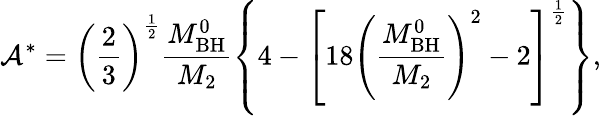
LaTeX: \mathcal{A}^{*}=\left(\frac{{2}}{{3}}\right)^{\frac{{1}}{{2}}}\frac{{M_{\mathrm{{BH}}}^{0}}}{{M_{\mathrm{{2}}}}}\left\{ 4-\left[18\left(\frac{{M_{\mathrm{{BH}}}^{0}}}{{M_{\mathrm{{2}}}}}\right)^{2}-2\right]^{\frac{{1}}{{2}}}\right\} ,